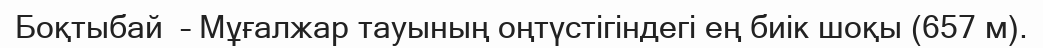
Боқтыбай  – Мұғалжар тауының оңтүстігіндегі ең биік шоқы (657 м).